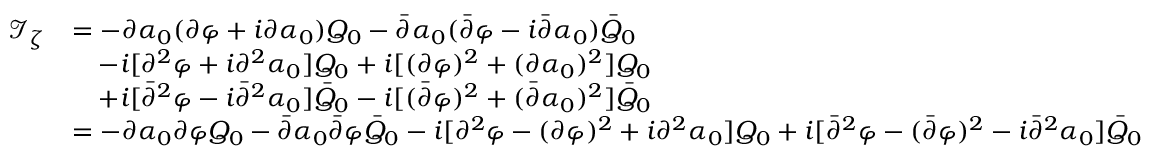
\begin{array} { r l } { \mathcal I _ { \zeta } } & { = - \partial \alpha _ { 0 } ( \partial \varphi + i \partial \alpha _ { 0 } ) Q _ { 0 } - \bar { \partial } \alpha _ { 0 } ( \bar { \partial } \varphi - i \bar { \partial } \alpha _ { 0 } ) \bar { Q } _ { 0 } } \\ & { \quad - i [ \partial ^ { 2 } \varphi + i \partial ^ { 2 } \alpha _ { 0 } ] Q _ { 0 } + i [ ( \partial \varphi ) ^ { 2 } + ( \partial \alpha _ { 0 } ) ^ { 2 } ] Q _ { 0 } } \\ & { \quad + i [ \bar { \partial } ^ { 2 } \varphi - i \bar { \partial } ^ { 2 } \alpha _ { 0 } ] \bar { Q } _ { 0 } - i [ ( \bar { \partial } \varphi ) ^ { 2 } + ( \bar { \partial } \alpha _ { 0 } ) ^ { 2 } ] \bar { Q } _ { 0 } } \\ & { = - \partial \alpha _ { 0 } \partial \varphi Q _ { 0 } - \bar { \partial } \alpha _ { 0 } \bar { \partial } \varphi \bar { Q } _ { 0 } - i [ \partial ^ { 2 } \varphi - ( \partial \varphi ) ^ { 2 } + i \partial ^ { 2 } \alpha _ { 0 } ] Q _ { 0 } + i [ \bar { \partial } ^ { 2 } \varphi - ( \bar { \partial } \varphi ) ^ { 2 } - i \bar { \partial } ^ { 2 } \alpha _ { 0 } ] \bar { Q } _ { 0 } } \end{array}